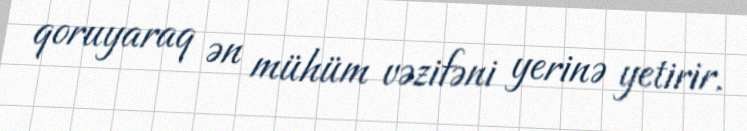
qoruyaraq ən mühüm vəzifəni yerinə yetirir.